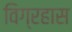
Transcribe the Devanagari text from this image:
विग्रहास